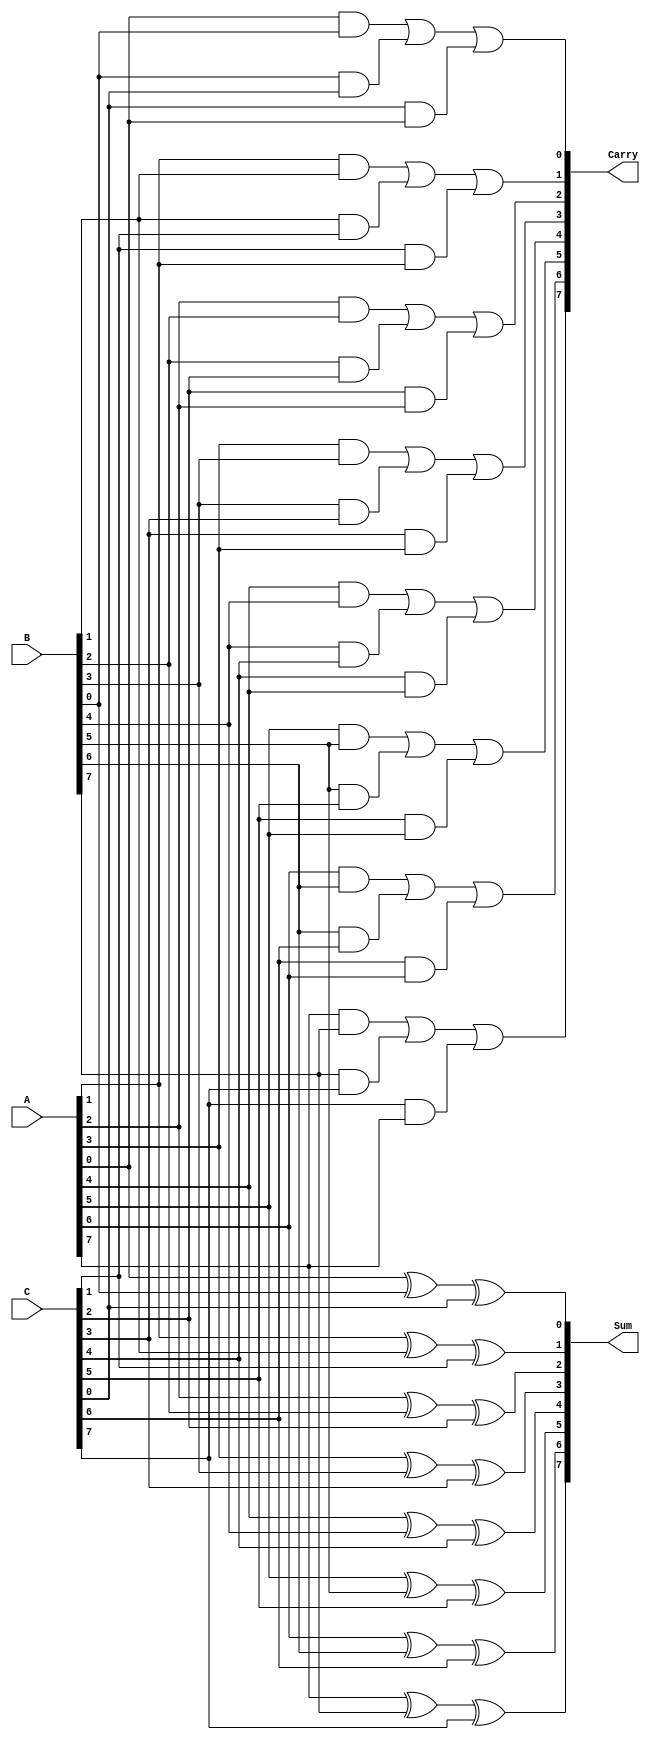
module CarrySaveAdder #(
    parameter N = 8 // Parameter for bit-width, can be changed as needed
)(
    input  [N-1:0] A,   // First n-bit input
    input  [N-1:0] B,   // Second n-bit input
    input  [N-1:0] C,   // Third n-bit input
    output [N-1:0] Sum,  // n-bit sum output
    output [N-1:0] Carry // n-bit carry output
);

    genvar i; // Generate variable for loop

    // Generate Sum and Carry using combinational logic
    generate
        for (i = 0; i < N; i = i + 1) begin : CSA
            assign Sum[i] = A[i] ^ B[i] ^ C[i]; // Sum calculation using XOR
            assign Carry[i] = (A[i] & B[i]) | (B[i] & C[i]) | (C[i] & A[i]); // Carry calculation using AND/OR
        end
    endgenerate

endmodule